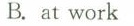
B. at work